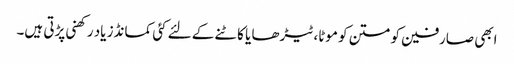
ابھی صارفین کو متن کو موٹا،ٹیڑھا یا کاٹنے کے لئے کئی کمانڈز یاد رکھنی پڑتی ہیں۔